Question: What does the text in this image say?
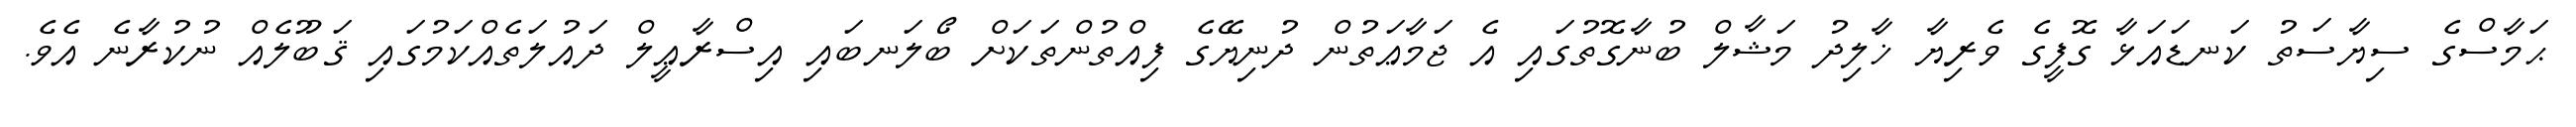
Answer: ޙަމާސްގެ ސިޔާސަތު ކަނޑައަޅާ ގޮފީގެ ވެރިޔާ ޚާލިދު މަޝާލް ބުނާގޮތުގައި އެ ޖަމާޢަތުން ދުނިޔޭގެ ފިއްތުންތަކަށް ބޯލަނބައި އިސްރާޢީލް ދައުލަތެއްކަމުގައި ޤަބޫލެއް ނުކުރާނެ އެވެ.